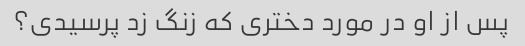
پس از او در مورد دختری که زنگ زد پرسیدی؟